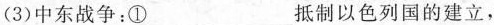
(3)中东战争：①\underline抵制以色列国的建立，